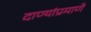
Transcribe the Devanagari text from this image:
दाण्यांप्रमाणे